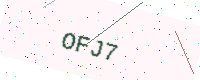
Text: OFJ7